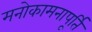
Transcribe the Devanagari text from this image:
मनोकामनापूर्ति